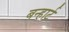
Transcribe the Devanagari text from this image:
बन्हार्ट